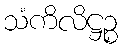
သံကိလိဋ္ဌဉ္စ